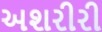
અશરીરી